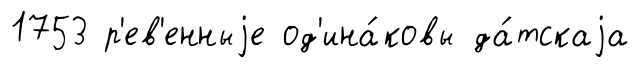
1753 р'ев'енныjе од'ина́ковы да́тскаjа